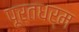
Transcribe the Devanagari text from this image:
पूर्तधर्म